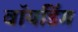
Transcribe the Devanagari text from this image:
वॉयडिंग